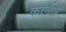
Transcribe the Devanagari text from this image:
कार्नल